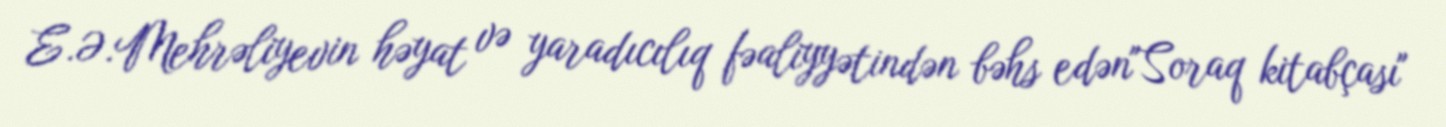
E.Ə.Mehrəliyevin həyat və yaradıcılıq fəaliyyətindən bəhs edən"Soraq kitabçası"